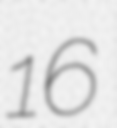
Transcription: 16